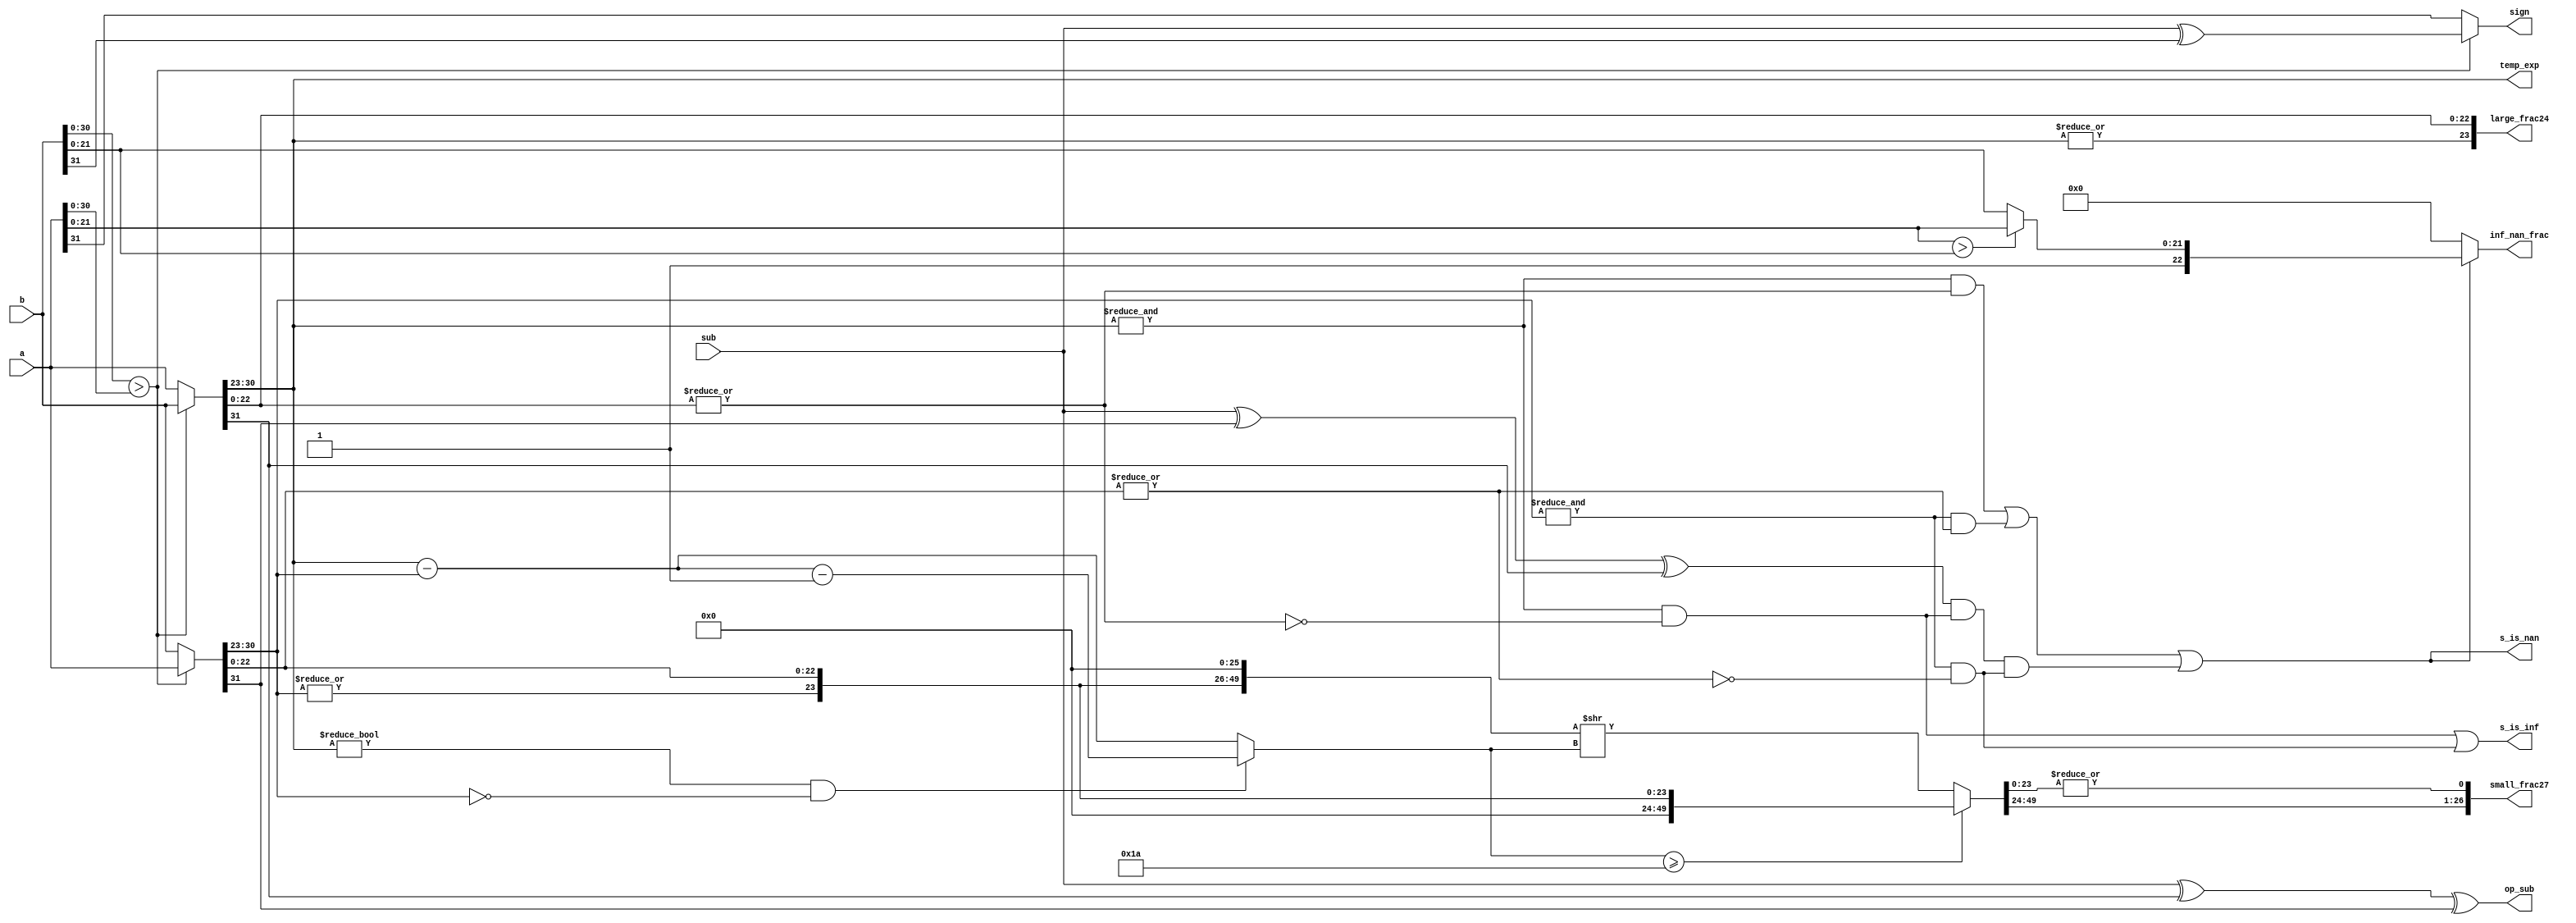
`timescale 1ns / 1ps

module fadd_align (a,b,sub,s_is_nan,s_is_inf,inf_nan_frac,sign,temp_exp,
op_sub,large_frac24,small_frac27); //alignment stage
	input [31:0] a,b;
	input sub;
	output [26:0] small_frac27;
	output [23:0] large_frac24;
	output [22:0] inf_nan_frac;
	output [7:0] temp_exp;
	output s_is_nan;
	output s_is_inf;
	output sign;
	output op_sub;
	//sign bit,a or b
	wire exchange = (b[30:0] > a[30:0]);
	wire [31:0] fp_large = exchange? b : a;
	wire [31:0] fp_small = exchange? a : b;
	//1.f
	wire fp_large_hidden_bit = |fp_large[30:23];
	wire fp_small_hidden_bit = |fp_small[30:23];
	wire [23:0] large_frac24 = {fp_large_hidden_bit,fp_large[22:0]};
	wire [23:0] small_frac24 = {fp_small_hidden_bit,fp_small[22:0]};
	//exponent
	assign temp_exp = fp_large[30:23];
	//
	assign sign = exchange? sub^b[31] : a[31];
	//sub or add
	assign op_sub = sub ^ fp_large[31] ^ fp_small[31];
	//
	wire fp_large_expo_is_ff = &fp_large[30:23]; // exp == 0xff
	wire fp_small_expo_is_ff = &fp_small[30:23];
	wire fp_large_frac_is_00 = ~|fp_large[22:0]; // frac == 0x0
	wire fp_small_frac_is_00 = ~|fp_small[22:0];
	wire fp_large_is_inf=fp_large_expo_is_ff & fp_large_frac_is_00;
	wire fp_small_is_inf=fp_small_expo_is_ff & fp_small_frac_is_00;
	wire fp_large_is_nan=fp_large_expo_is_ff & ~fp_large_frac_is_00;
	wire fp_small_is_nan=fp_small_expo_is_ff & ~fp_small_frac_is_00;
	assign s_is_inf = fp_large_is_inf | fp_small_is_inf;
	wire s_is_nan = fp_large_is_nan | fp_small_is_nan | ((sub ^ fp_small[31] ^ fp_large[31]) & fp_large_is_inf & fp_small_is_inf);
	wire [22:0] nan_frac = (a[21:0] > b[21:0])?	{1'b1,a[21:0]} : {1'b1,b[21:0]};
	assign inf_nan_frac = s_is_nan? nan_frac : 23'h0;
	//ea-eb
	wire [7:0] exp_diff = fp_large[30:23] - fp_small[30:23];
	wire small_den_only = (fp_large[30:23] != 0) & (fp_small[30:23] == 0);
	//,
	wire [7:0] shift_amount = small_den_only? exp_diff - 8'h1 : exp_diff;
	wire [49:0] small_frac50 = (shift_amount >= 26)? {26'h0,small_frac24} : {small_frac24,26'h0} >> shift_amount;
	//24bit.,,reduction OR1bit
	assign small_frac27 = {small_frac50[49:24],|small_frac50[23:0]};
endmodule